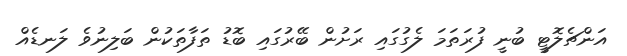
އަންޗެލޮޓީ ބުނީ ފުރަތަމަ ލެގުގައި ރަށުން ބޭރުގައި ބޮޑު ތަފާތަކުން ބަލިނުވެ ލަނޑެއް